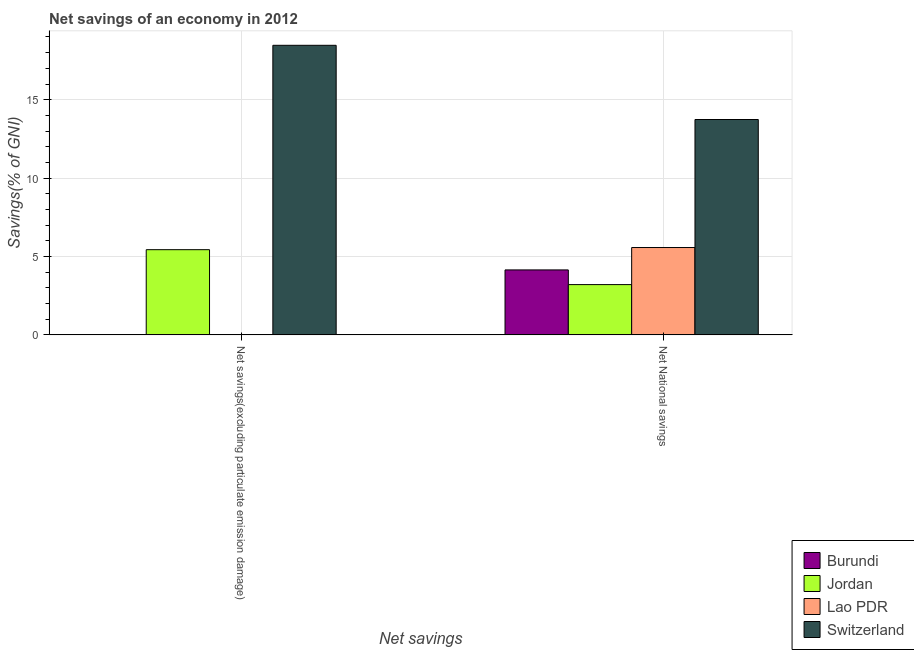
| Net savings | Burundi | Jordan | Lao PDR | Switzerland |
 | --- | --- | --- | --- | --- |
 | Net savings(excluding particulate emission damage) | -19.1 | 5.43 | -3.64 | 18.5 |
 | Net National savings | 4.14 | 3.21 | 5.57 | 13.7 |